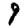
Digit: 9